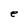
Character: e